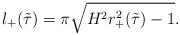
LaTeX: \begin{align*}l_+(\tilde{\tau})=\pi\sqrt{H^2r_+^2(\tilde{\tau})-1}.\end{align*}